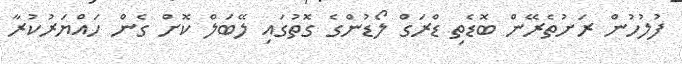
ފުލުހުން ރަށުތެރޭން ބޮޑެތި ޑްރަގް ލޯޑުންގެ ގޮތުގައި ލޭބަލް ކޮށް ގެން ހައްޔަރުކުރާ